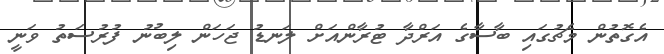
އެގޮތުން މެޗުގައި ބާސާގެ އަރްދާ ޓުރާންއަށް ލަނޑު ޖަހަން ލިބުނު ފުރުސަތު ވަނީ